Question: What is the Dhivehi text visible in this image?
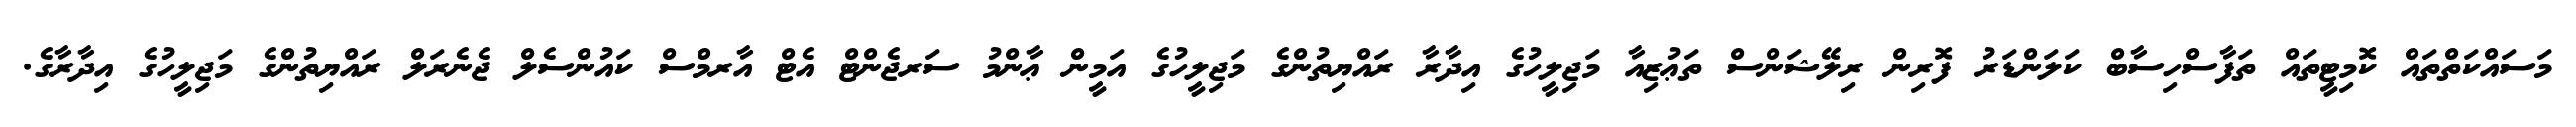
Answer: މަސައްކަތްތައް ކޮމިޓީތައް ތަފާސްހިސާބް ކަލަންޑަރު ފޮރިން ރިލޭޝަންސް ތަޢުޒިއާ މަޖިލީހުގެ އިދާރާ ރައްޔިތުންގެ މަޖިލީހުގެ އަމީން ޢާންމު ސަރޖެންޓް އެޓް އާރމްސް ކައުންސެލް ޖެނެރަލް ރައްޔިތުންގެ މަޖިލީހުގެ އިދާރާގެ.